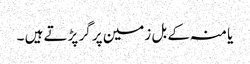
یا منہ کے بل زمین پر گر پڑتے ہیں ۔